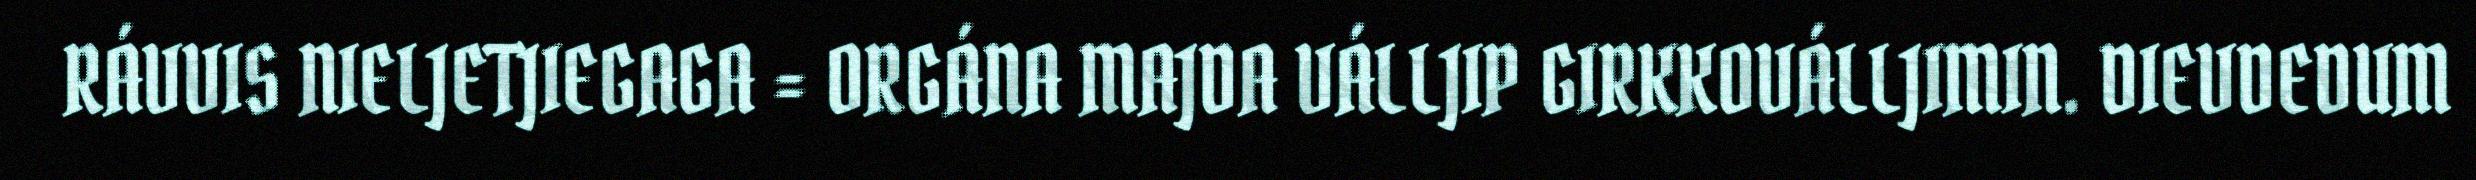
RÁVVIS NIELJETJIEGAGA = ORGÁNA MAJDA VÁLLJIP GIRKKOVÁLLJIMIN. DIEVDEDUM